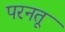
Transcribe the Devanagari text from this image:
परनतू